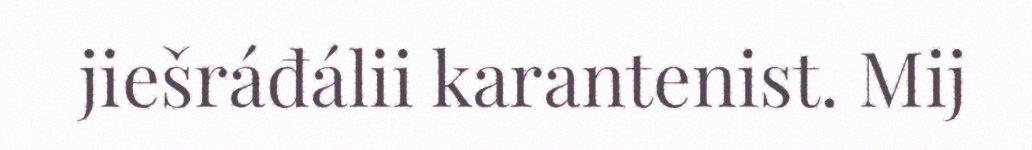
jiešráđálii karantenist. Mij